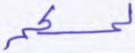
لمسكم